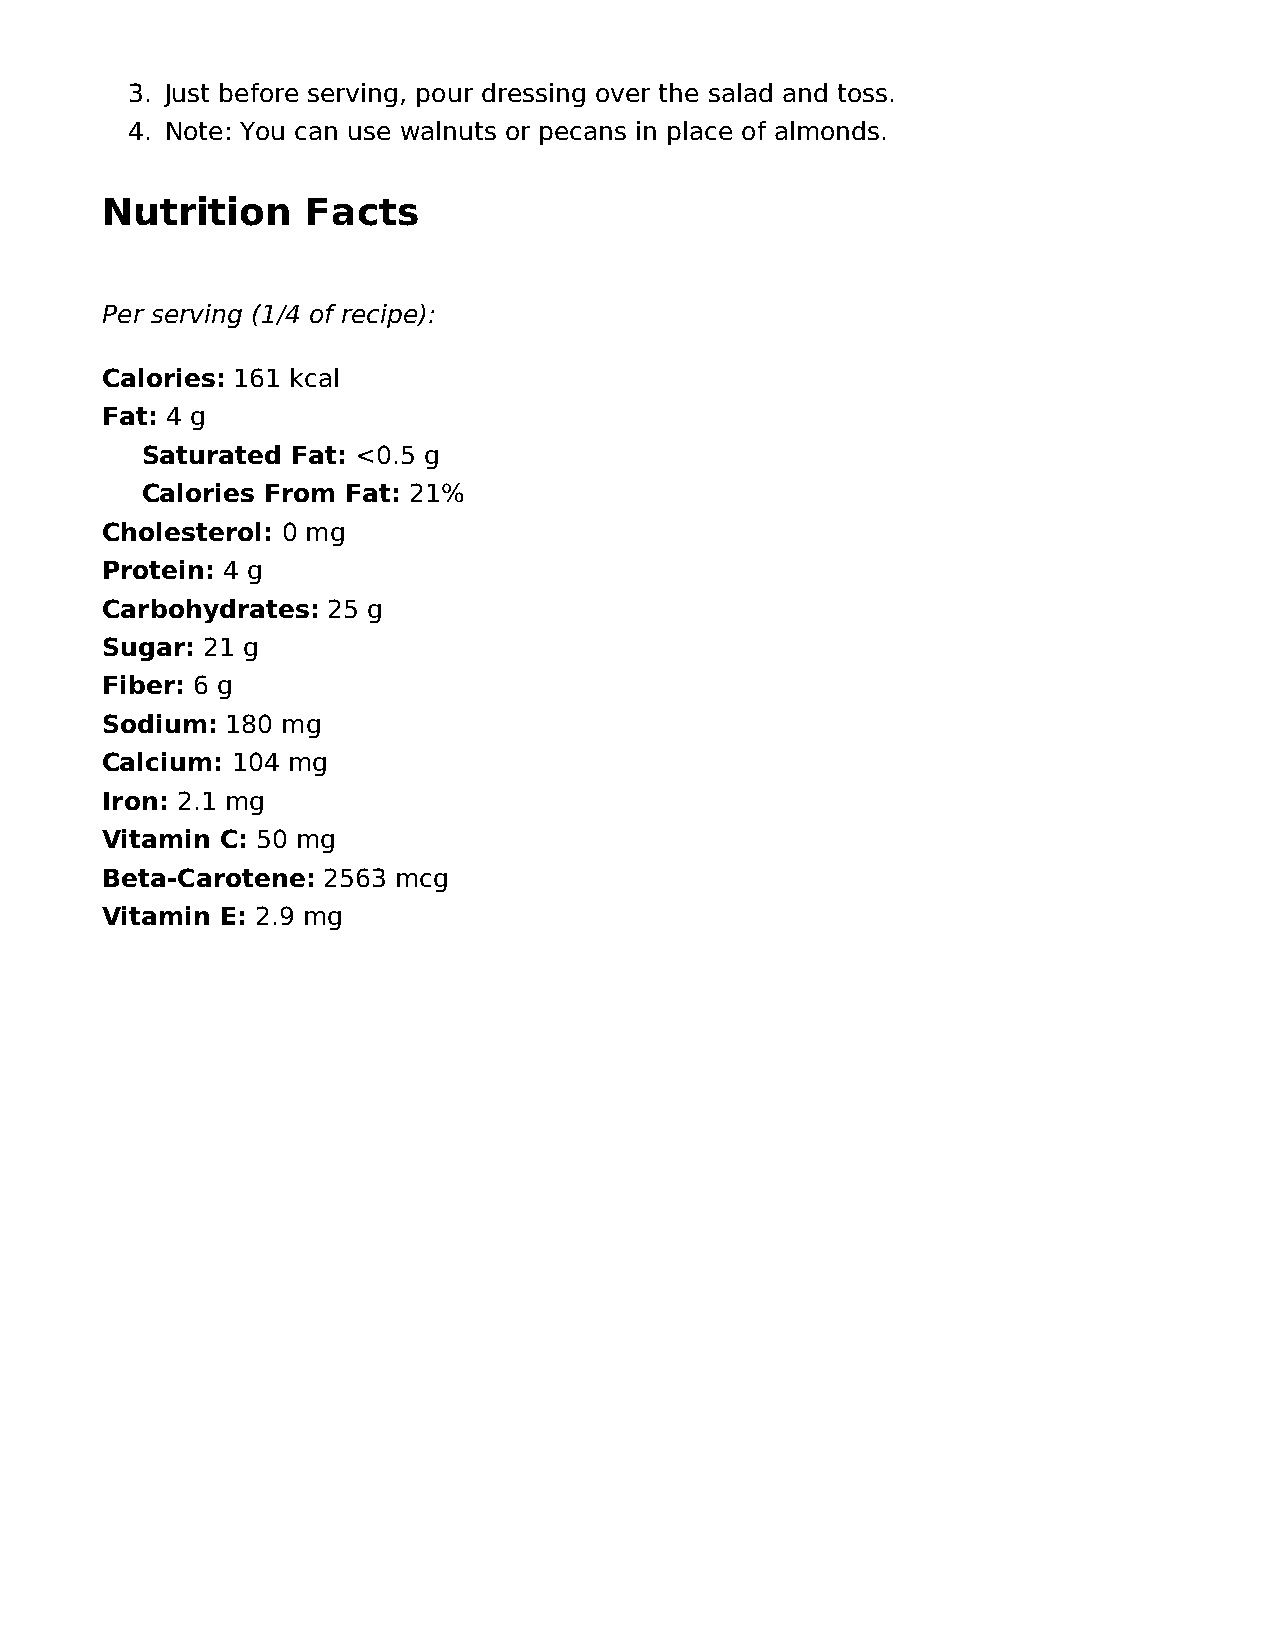
3. Just before serving, pour dressing over the salad and toss.
 4. Note: You can use walnuts or pecans in place of almonds.
 Nutrition    Facts
 Per serving (1/4 of recipe):
 Calories: 161 kcal
 Fat: 4 g
 Saturated Fat: <0.5 g
 Calories From Fat: 21%
 Cholesterol: 0 mg
 Protein: 4 g
 Carbohydrates: 25 g
 Sugar: 21 g
 Fiber: 6 g
 Sodium: 180 mg
 Calcium: 104 mg
 Iron: 2.1 mg
 Vitamin C: 50 mg
 Beta-Carotene: 2563 mcg
 Vitamin E: 2.9 mg